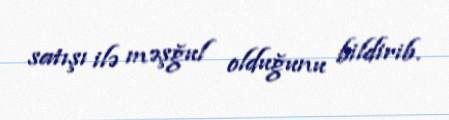
satışı ilə məşğul olduğunu bildirib.